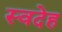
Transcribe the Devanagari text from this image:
स्वदेह